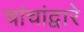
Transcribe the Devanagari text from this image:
चांचांद्वारे